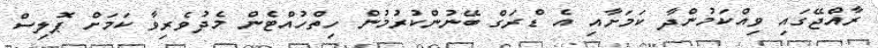
ރާއްޖޭގައި ވިއްކަމުންދާ ކަމަށާއި އެ ޑްރަގް ބޭނުންކުރުމުން ހިތްހުއްޓެން މެދުވެރިވާ ކަމަށް ޕޮލިސް